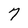
Character: 7